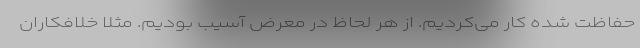
حفاظت شده کار می‌کردیم. از هر لحاظ در معرض آسیب بودیم. مثلاً خلافکاران